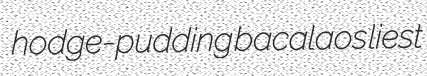
hodge-pudding bacalaos liest